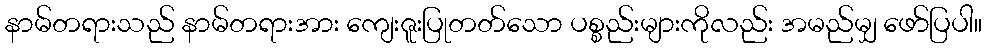
နာမ်တရားသည် နာမ်တရားအား ကျေးဇူးပြုတတ်သော ပစ္စည်းများကိုလည်း အမည်မျှ ဖော်ပြပါ။